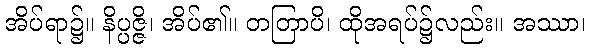
အိပ်ရာ၌။ နိပ္ပဇ္ဇိ၊ အိပ်၏။ တတြာပိ၊ ထိုအရပ်၌လည်း။ အဿာ၊